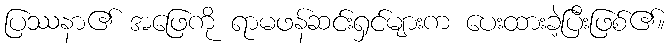
ပြဿနာ၏ အဖြေကို ရာမဖန်ဆင်းရှင်များက ပေးထားခဲ့ပြီးဖြစ်၏။